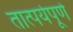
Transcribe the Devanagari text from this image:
तात्पर्यपूर्ण